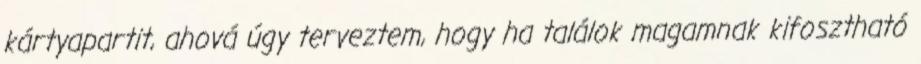
kártyapartit, ahová úgy terveztem, hogy ha találok magamnak kifosztható